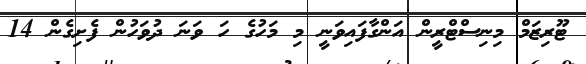
ޓޫރިޒަމް މިނިސްޓްރީން އަންގާފައިވަނީ މި މަހުގެ ހަ ވަނަ ދުވަހުން ފެށިގެން 14